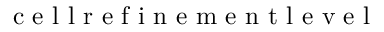
\mathrm { ~ c ~ e ~ l ~ l ~ r ~ e ~ f ~ i ~ n ~ e ~ m ~ e ~ n ~ t ~ l ~ e ~ v ~ e ~ l ~ }